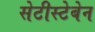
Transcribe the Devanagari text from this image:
सेटीस्‍टेबेन